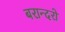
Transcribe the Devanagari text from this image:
बरान्दरो